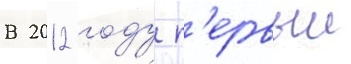
В 2012 году п'ервыи